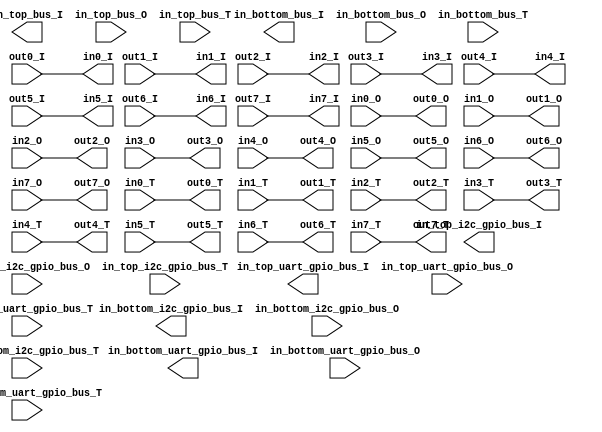
//Copyright 1986-2015 Xilinx, Inc. All Rights Reserved.
//--------------------------------------------------------------------------------
//Tool Version: Vivado v.2015.4 (win64) Build 1412921 Wed Nov 18 09:43:45 MST 2015
//Host        : WK116 running 64-bit major release  (build 9200)
//Command     : generate_target pmod_concat.bd
//Design      : pmod_concat
//Purpose     : IP block netlist
//--------------------------------------------------------------------------------
`timescale 1 ps / 1 ps

module pmod_concat
   (
   
    in_top_bus_I,
    in_top_bus_O,
    in_top_bus_T,
    in_top_uart_gpio_bus_I,
    in_top_uart_gpio_bus_O,
    in_top_uart_gpio_bus_T,
    in_top_i2c_gpio_bus_I,
    in_top_i2c_gpio_bus_O,
    in_top_i2c_gpio_bus_T,
    in_bottom_bus_I,
    in_bottom_bus_O,
    in_bottom_bus_T,
    in_bottom_uart_gpio_bus_I,
    in_bottom_uart_gpio_bus_O,
    in_bottom_uart_gpio_bus_T,
    in_bottom_i2c_gpio_bus_I,
    in_bottom_i2c_gpio_bus_O,
    in_bottom_i2c_gpio_bus_T,
    in0_I,
    in1_I,
    in2_I,
    in3_I,
    in4_I,
    in5_I,
    in6_I,
    in7_I,
    in0_O,
    in1_O,
    in2_O,
    in3_O,
    in4_O,
    in5_O,
    in6_O,
    in7_O,
    in0_T,
    in1_T,
    in2_T,
    in3_T,
    in4_T,
    in5_T,
    in6_T,
    in7_T,
    out0_I,
    out1_I,
    out2_I,
    out3_I,
    out4_I,
    out5_I,
    out6_I,
    out7_I,
    out0_O,
    out1_O,
    out2_O,
    out3_O,
    out4_O,
    out5_O,
    out6_O,
    out7_O,
    out0_T,
    out1_T,
    out2_T,
    out3_T,
    out4_T,
    out5_T,
    out6_T,
    out7_T);
    parameter Top_Row_Interface = "None";
    parameter Bottom_Row_Interface = "None";
    
    output [3:0] in_top_bus_I;
    input [3:0] in_top_bus_O;
    input [3:0] in_top_bus_T;
    output [1:0] in_top_uart_gpio_bus_I;
    input [1:0] in_top_uart_gpio_bus_O;
    input [1:0] in_top_uart_gpio_bus_T;
    output [1:0] in_top_i2c_gpio_bus_I;
    input [1:0] in_top_i2c_gpio_bus_O;
    input [1:0] in_top_i2c_gpio_bus_T;
    
    output [3:0] in_bottom_bus_I;          
    input [3:0] in_bottom_bus_O;          
    input [3:0] in_bottom_bus_T;          
    output [1:0] in_bottom_uart_gpio_bus_I;
    input [1:0] in_bottom_uart_gpio_bus_O;
    input [1:0] in_bottom_uart_gpio_bus_T;
    output [1:0] in_bottom_i2c_gpio_bus_I;
    input [1:0] in_bottom_i2c_gpio_bus_O; 
    input [1:0] in_bottom_i2c_gpio_bus_T; 
    
  output in0_I;
  output in1_I;
  output in2_I;
  output in3_I;
  output in4_I;
  output in5_I;
  output in6_I;
  output in7_I;
  input in0_O;
  input in1_O;
  input in2_O;
  input in3_O;
  input in4_O;
  input in5_O;
  input in6_O;
  input in7_O;
  input in0_T;
  input in1_T;
  input in2_T;
  input in3_T;
  input in4_T;
  input in5_T;
  input in6_T;
  input in7_T;
  
  input out0_I;
  input out1_I;
  input out2_I;
  input out3_I;
  input out4_I;
  input out5_I;
  input out6_I;
  input out7_I;
  output out0_O;
  output out1_O;
  output out2_O;
  output out3_O;
  output out4_O;
  output out5_O;
  output out6_O;
  output out7_O;
  output out0_T;
  output out1_T;
  output out2_T;
  output out3_T;
  output out4_T;
  output out5_T;
  output out6_T;
  output out7_T;

generate
      case (Top_Row_Interface)
         "GPIO": begin
                    assign in_top_bus_I={out3_I,out2_I,out1_I,out0_I};
                    assign {out3_O,out2_O,out1_O,out0_O}=in_top_bus_O;
                    assign {out3_T,out2_T,out1_T,out0_T}=in_top_bus_T;
                  end
         "UART": begin
                    assign in_top_uart_gpio_bus_I={out3_I,out0_I};
                    assign {out3_O,out0_O}=in_top_uart_gpio_bus_O;
                    assign {out3_T,out0_T}=in_top_uart_gpio_bus_T;
                    //assign in1_I=out1_I;
                    assign in2_I=out2_I;
                    assign out1_O = in1_O;
                    //assign out2_O = in2_O;
                    assign out1_T = 0;
                    assign out2_T = 1;
                  end
         "I2C": begin
                    assign in_top_i2c_gpio_bus_I={out3_I,out2_I};
                    assign {out3_O,out2_O}=in_top_i2c_gpio_bus_O;
                    assign {out3_T,out2_T}=in_top_i2c_gpio_bus_T;
                    assign out0_O = in0_O;
                    assign out1_O = in1_O;
                    assign out0_T = in0_T;
                    assign out1_T = in1_T;
                    assign in0_I = out0_I;
                    assign in1_I = out1_I;
                  end
         default: begin
                    assign out0_O = in0_O;
                    assign out1_O = in1_O;
                    assign out2_O = in2_O;
                    assign out3_O = in3_O;
                    assign out0_T = in0_T;
                    assign out1_T = in1_T;
                    assign out2_T = in2_T;
                    assign out3_T = in3_T;
                    assign in0_I = out0_I;
                    assign in1_I = out1_I;
                    assign in2_I = out2_I;
                    assign in3_I = out3_I;
                  end
      endcase
   endgenerate
  
generate
         case (Bottom_Row_Interface)
            "GPIO":begin
                       assign in_bottom_bus_I={out7_I,out6_I,out5_I,out4_I};
                       assign {out7_O,out6_O,out5_O,out4_O}=in_bottom_bus_O;
                       assign {out7_T,out6_T,out5_T,out4_T}=in_bottom_bus_T;
                     end
            "UART": begin
                       assign in_bottom_uart_gpio_bus_I={out7_I,out4_I};
                       assign {out7_O,out4_O}=in_bottom_uart_gpio_bus_O;
                       assign {out7_T,out4_T}=in_bottom_uart_gpio_bus_T;
                       assign out5_O = in5_O;
                       assign out6_O = in6_O;
                       assign out5_T = in5_T;
                       assign out6_T = in6_T;
                       assign in5_I = out5_I;
                       assign in6_I = out6_I;
                     end
            "I2C": begin
                       assign in_bottom_i2c_gpio_bus_I={out7_I,out6_I};
                       assign {out7_O,out6_O}=in_bottom_i2c_gpio_bus_O;
                       assign {out7_T,out6_T}=in_bottom_i2c_gpio_bus_T;
                       assign out4_O = in4_O;
                       assign out5_O = in5_O;
                       assign out4_T = in4_T;
                       assign out5_T = in5_T;
                       assign in4_I = out4_I;
                       assign in5_I = out5_I;
                     end
            default: begin
                        assign out4_O = in4_O;
                        assign out5_O = in5_O;
                        assign out6_O = in6_O;
                        assign out7_O = in7_O;
                        assign out4_T = in4_T;
                        assign out5_T = in5_T;
                        assign out6_T = in6_T;
                        assign out7_T = in7_T;
                        assign in4_I = out4_I;
                        assign in5_I = out5_I;
                        assign in6_I = out6_I;
                        assign in7_I = out7_I;
                     end
         endcase
      endgenerate


endmodule